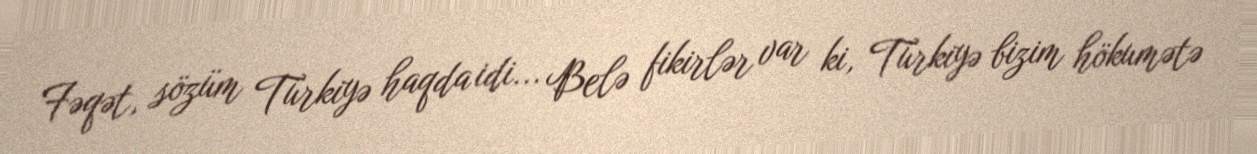
Fəqət, sözüm Türkiyə haqda idi... Belə fikirlər var ki, Türkiyə bizim hökumətə